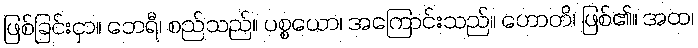
ဖြစ်ခြင်းငှာ။ ဘေရီ၊ စည်သည်။ ပစ္စယော၊ အကြောင်းသည်။ ဟောတိ၊ ဖြစ်၏။ အထ၊